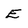
Character: E